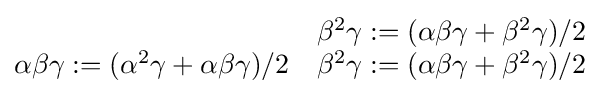
{\begin{matrix}&\beta ^{2}\gamma :=(\alpha \beta \gamma +\beta ^{2}\gamma )/2\\\alpha \beta \gamma :=(\alpha ^{2}\gamma +\alpha \beta \gamma )/2&\beta ^{2}\gamma :=(\alpha \beta \gamma +\beta ^{2}\gamma )/2\\\end{matrix}}